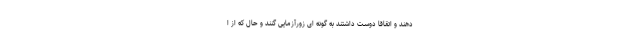
دهند و اتقاقا دوست داشتند به گونه ای زورآزمایی گنند و حال که از ا